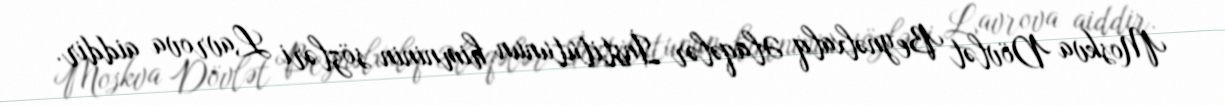
Moskva Dövlət Beynəlxalq Əlaqələr İnstitutunun himninin sözləri Lavrova aiddir.